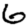
Digit: 6